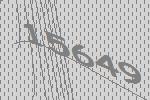
15649